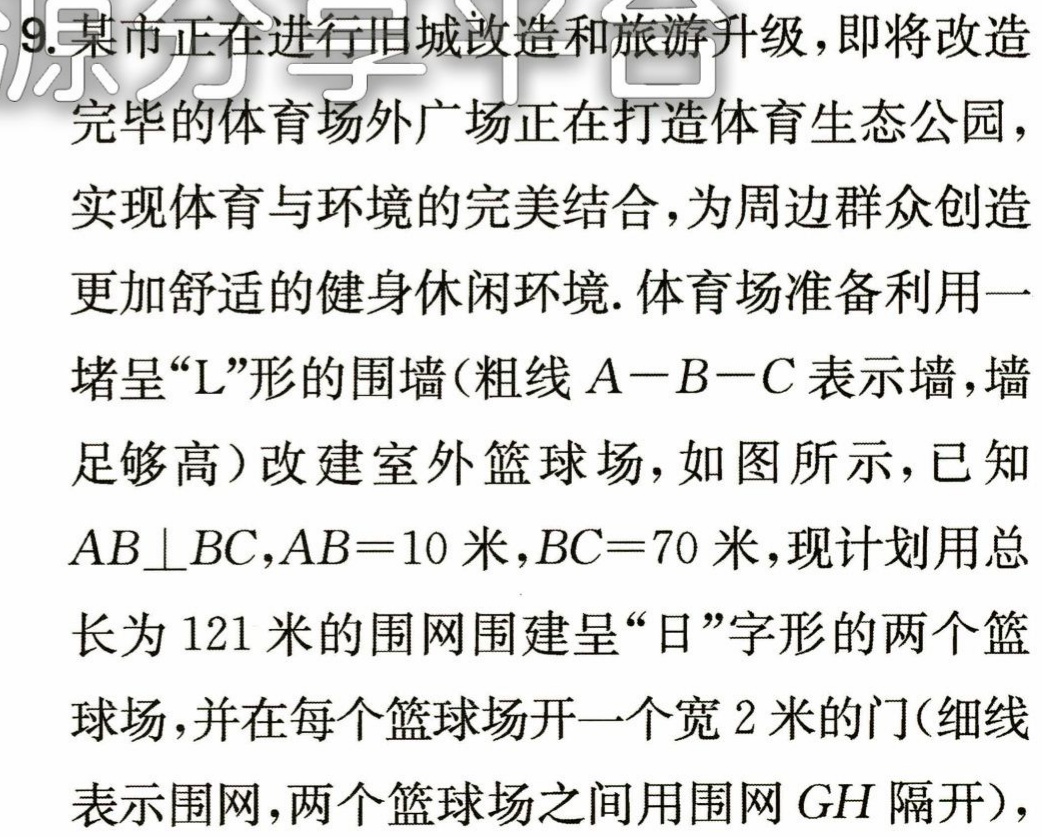
9. 某市正在进行旧城改造和旅游升级，即将改造
完毕的体育场外广场正在打造体育生态公园，
实现体育与环境的完美结合，为周边群众创造
更加舒适的健身休闲环境. 体育场准备利用一
堵呈“L”形的围墙(粗线\(A - B - C\)表示墙，墙
足够高) 改建室外篮球场，如图所示，已知
\(AB\perp BC\)，\(AB = 10\)米，\(BC = 70\)米，现计划用总
长为\(121\)米的围网围建呈“日”字形的两个篮
球场，并在每个篮球场开一个宽\(2\)米的门(细线
表示围网，两个篮球场之间用围网\(GH\)隔开)，